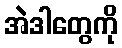
အဲဒါတွေကို